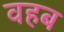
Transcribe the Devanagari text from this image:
वहब